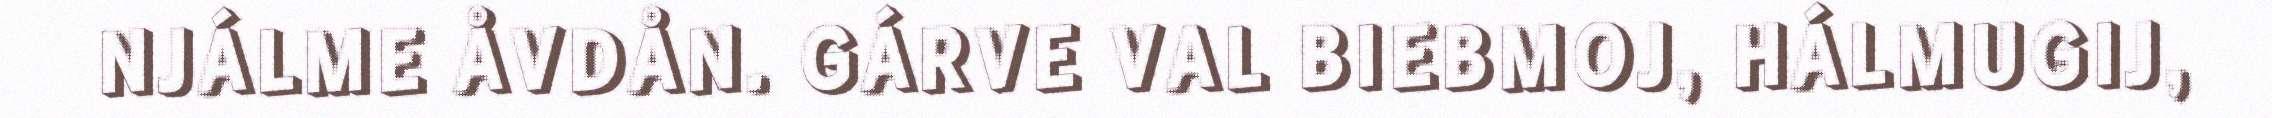
NJÁLME ÅVDÅN. GÁRVE VAL BIEBMOJ, HÁLMUGIJ,